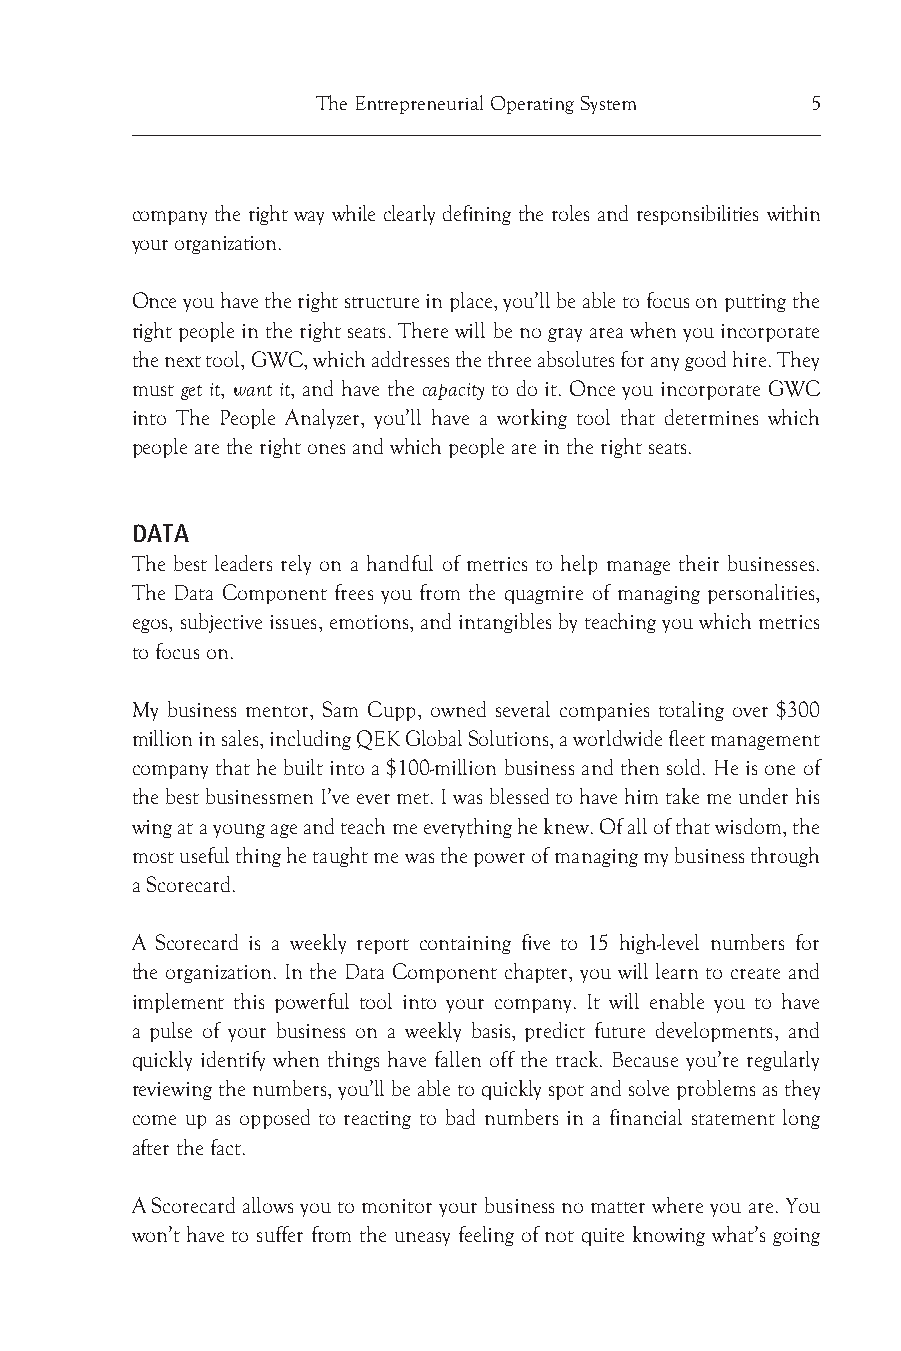
The Entrepreneurial Operating System 5
 company the right way while clearly defining the roles and responsibilities within
 your organization.
 Once you have the right structure in place, you’ll be able to focus on putting the
 right people in the right seats. There will be no gray area when you incorporate
 the next tool, GWC, which addresses the three absolutes for any good hire. They
 must get it, want it, and have the capacity to do it. Once you incorporate GWC
 into The People Analyzer, you’ll have a working tool that determines which
 people are the right ones and which people are in the right seats.
 DATA
 The best leaders rely on a handful of metrics to help manage their businesses.
 The Data Component frees you from the quagmire of managing personalities,
 egos, subjective issues, emotions, and intangibles by teaching you which metrics
 to focus on.
 My business mentor, Sam Cupp, owned several companies totaling over $300
 million in sales, including QEK Global Solutions, a worldwide fleet management
 company that he built into a $100-million business and then sold. He is one of
 the best businessmen I’ve ever met. I was blessed to have him take me under his
 wing at a young age and teach me everything he knew. Of all of that wisdom, the
 most useful thing he taught me was the power of managing my business through
 a Scorecard.
 A Scorecard is a weekly report containing five to 15 high-level numbers for
 the organization. In the Data Component chapter, you will learn to create and
 implement this powerful tool into your company. It will enable you to have
 a pulse of your business on a weekly basis, predict future developments, and
 quickly identify when things have fallen off the track. Because you’re regularly
 reviewing the numbers, you’ll be able to quickly spot and solve problems as they
 come up as opposed to reacting to bad numbers in a financial statement long
 after the fact.
 A Scorecard allows you to monitor your business no matter where you are. You
 won’t have to suffer from the uneasy feeling of not quite knowing what’s going